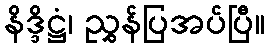
နိဒ္ဒိဋ္ဌံ၊ ညွှန်ပြအပ်ပြီ။